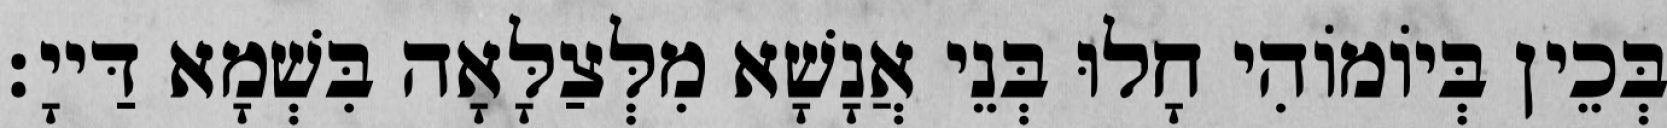
בְּכֵין בְּיוֹמוֹהִי חָלוּ בְּנֵי אֲנָשָׁא מִלְּצַלָּאָה בִּשְׁמָא דַּייָ׃